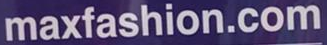
maxfashion.com